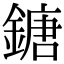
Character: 鎕